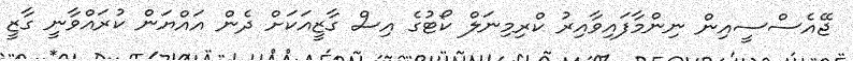
ޖޭއެސްސީއިން ނިންމާފައިވާއިރު ކްރިމިނަލް ކޯޓުގެ އިސް ގާޒީއަކަށް ދެން އައްްޔަން ކުރައްވާނީ ގާޒީ